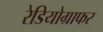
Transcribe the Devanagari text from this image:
रेडियोग्राफर